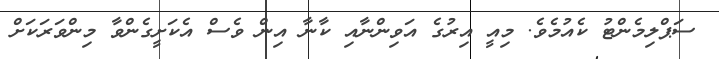
ސަޕްލިމެންޓު ކެއުމެވެ. މިއީ އިރުގެ އަވިންނާއި ކާނާ އިން ވެސް އެކަށީގެންވާ މިންވަރަކަށް